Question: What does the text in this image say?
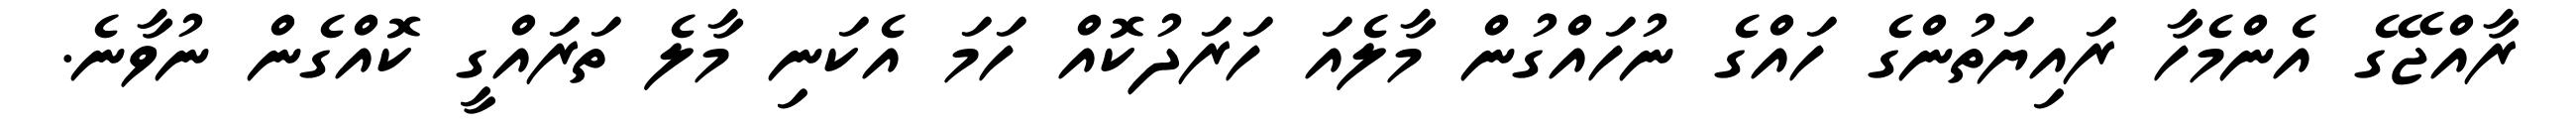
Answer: ރާއްޖޭގެ އެންމެހާ ރައިޔަތުންގެ ހައްގެ ނުހައްގުން މާލެއަ ހަރަދުކޮއް ހަމަ އެކަނި މާލެ ތަރައްގީ ކޮއްގެން ނުވާނެ.